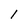
Character: I